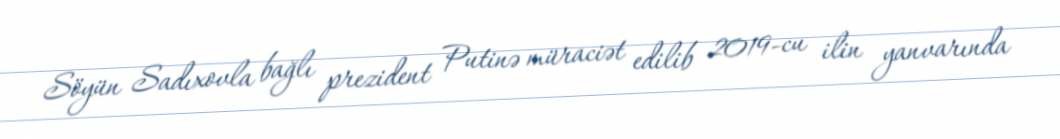
Söyün Sadıxovla bağlı prezident Putinə müraciət edilib 2019-cu ilin yanvarında